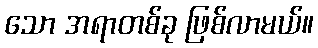
သော အရာတစ်ခု ဖြစ်လာမယ်။